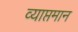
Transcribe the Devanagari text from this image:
व्याप्तमान